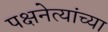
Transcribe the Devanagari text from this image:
पक्षनेत्यांच्या